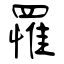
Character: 罹